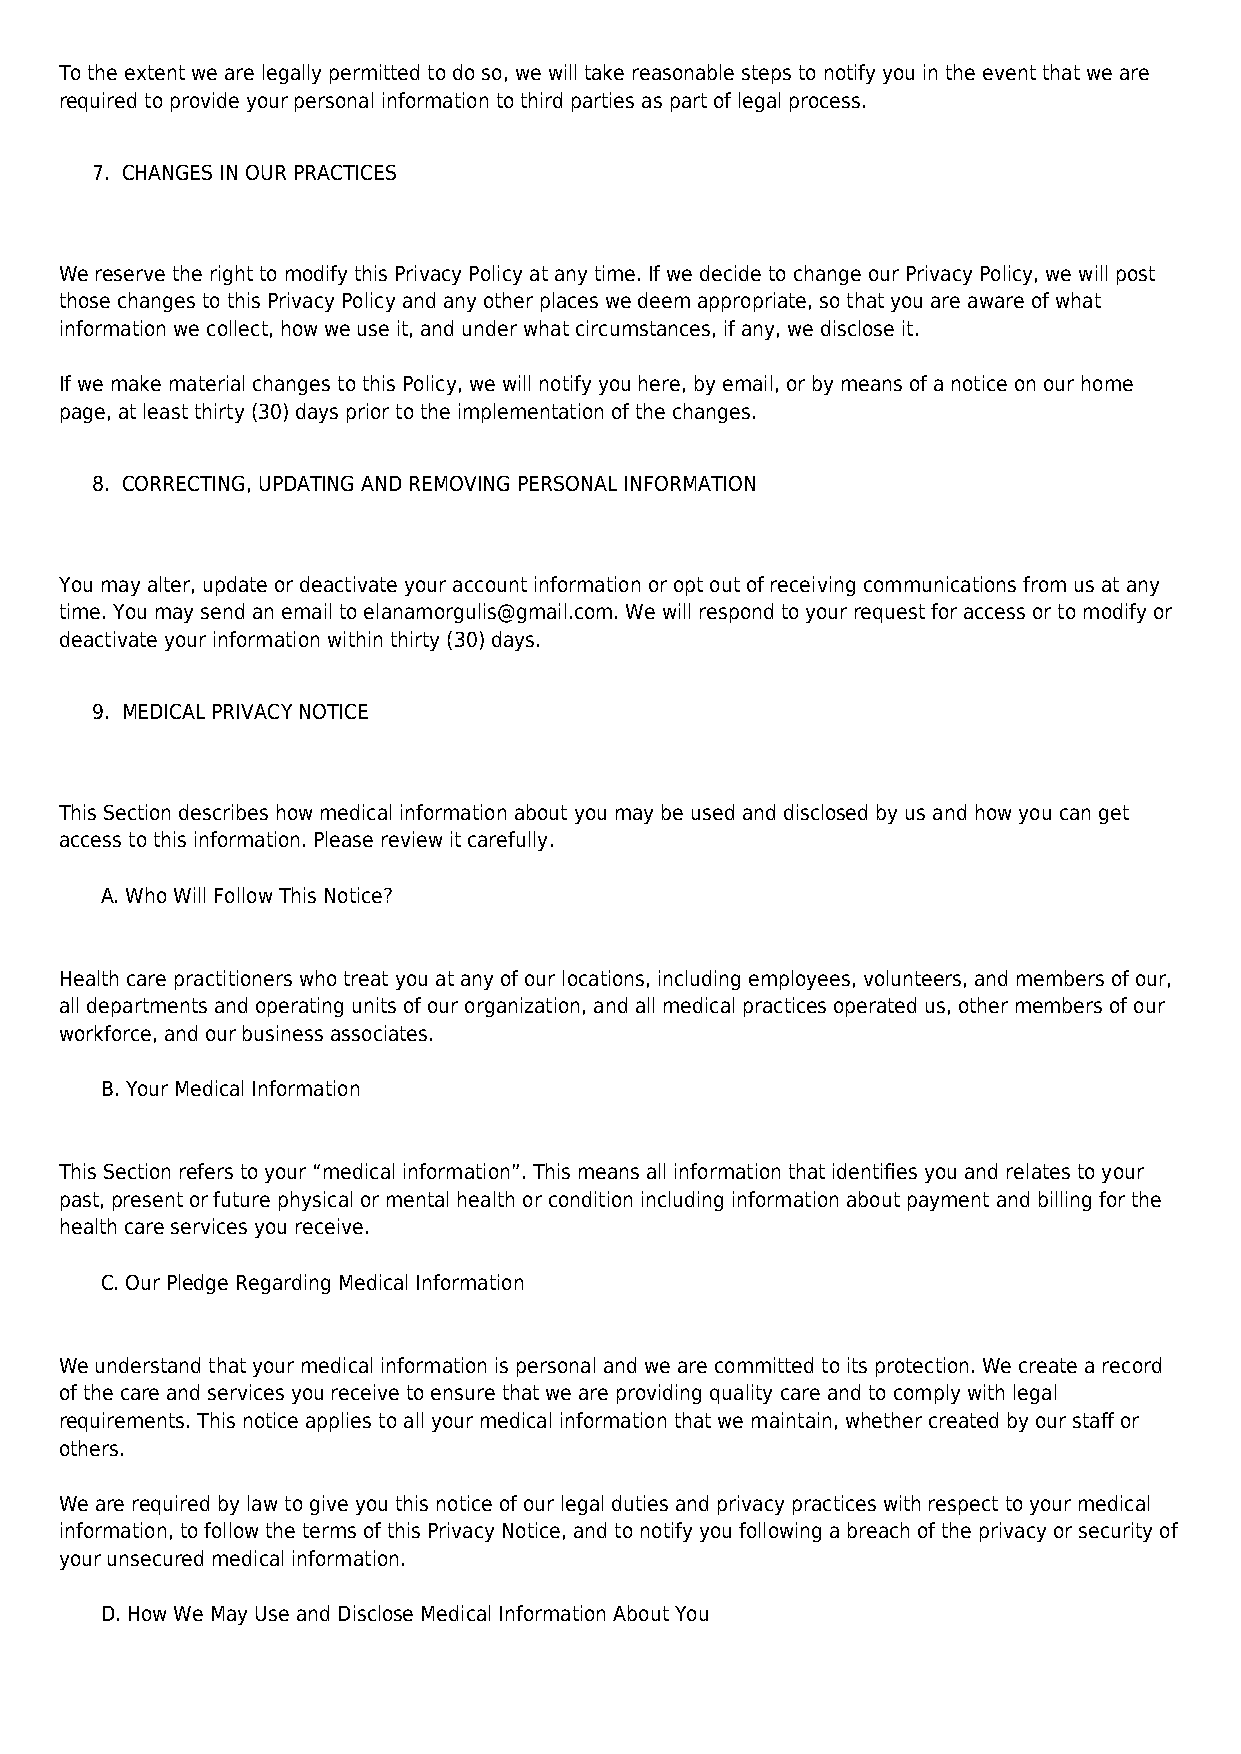
To the extent we are legally permitted to do so, we will take reasonable steps to notify you in the event that we are
 required to provide your personal information to third parties as part of legal process.
 7. CHANGES IN OUR PRACTICES
 We reserve the right to modify this Privacy Policy at any time. If we decide to change our Privacy Policy, we will post
 those changes to this Privacy Policy and any other places we deem appropriate, so that you are aware of what
 information we collect, how we use it, and under what circumstances, if any, we disclose it.
 If we make material changes to this Policy, we will notify you here, by email, or by means of a notice on our home
 page, at least thirty (30) days prior to the implementation of the changes.
 8. CORRECTING, UPDATING AND REMOVING PERSONAL INFORMATION
 You may alter, update or deactivate your account information or opt out of receiving communications from us at any
 time. You may send an email to elanamorgulis@gmail.com. We will respond to your request for access or to modify or
 deactivate your information within thirty (30) days.
 9. MEDICAL PRIVACY NOTICE
 This Section describes how medical information about you may be used and disclosed by us and how you can get
 access to this information. Please review it carefully.
 A. Who Will Follow This Notice?
 Health care practitioners who treat you at any of our locations, including employees, volunteers, and members of our,
 all departments and operating units of our organization, and all medical practices operated us, other members of our
 workforce, and our business associates.
 B. Your Medical Information
 This Section refers to your “medical information”. This means all information that identifies you and relates to your
 past, present or future physical or mental health or condition including information about payment and billing for the
 health care services you receive.
 C. Our Pledge Regarding Medical Information
 We understand that your medical information is personal and we are committed to its protection. We create a record
 of the care and services you receive to ensure that we are providing quality care and to comply with legal
 requirements. This notice applies to all your medical information that we maintain, whether created by our staff or
 others.
 We are required by law to give you this notice of our legal duties and privacy practices with respect to your medical
 information, to follow the terms of this Privacy Notice, and to notify you following a breach of the privacy or security of
 your unsecured medical information.
 D. How We May Use and Disclose Medical Information About You